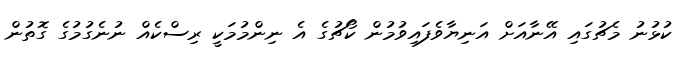
ކުޅުނު މެޗުގައި އޭނާއަށް އަނިޔާވެފައިވުމުން ކޯޗުގެ އެ ނިންމުމަކީ ރިސްކެއް ނުނެގުމުގެ ގޮތުން